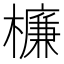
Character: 𣜰